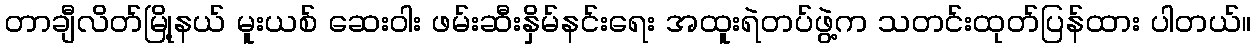
တာချီလိတ်မြို့နယ် မူးယစ် ဆေးဝါး ဖမ်းဆီးနှိမ်နင်းရေး အထူးရဲတပ်ဖွဲ့က သတင်းထုတ်ပြန်ထား ပါတယ်။